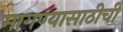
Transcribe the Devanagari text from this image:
मागण्यासाठीची